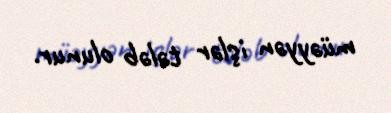
müəyyən işlər tələb olunur.